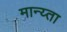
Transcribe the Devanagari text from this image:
मान्य्ता